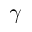
\gamma